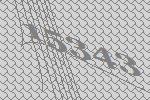
15343